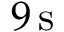
9 \, \mathrm { s }